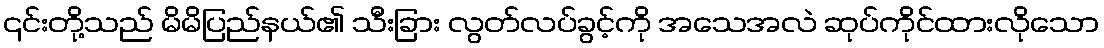
၎င်းတို့သည် မိမိပြည်နယ်၏ သီးခြား လွတ်လပ်ခွင့်ကို အသေအလဲ ဆုပ်ကိုင်ထားလိုသော